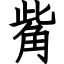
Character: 觜